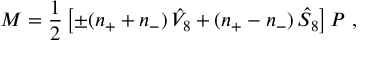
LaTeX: { \cal M } = \frac { 1 } { 2 } \left[ \pm ( n _ { + } + n _ { - } ) \, \hat { V } _ { 8 } + ( n _ { + } - n _ { - } ) \, \hat { S } _ { 8 } \right] P \ ,